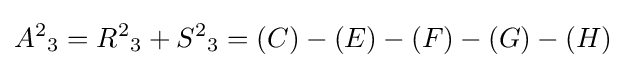
{A^{2}}_{3}={R^{2}}_{3}+{S^{2}}_{3}=(C)-(E)-(F)-(G)-(H)